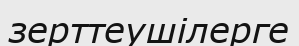
зерттеушілерге